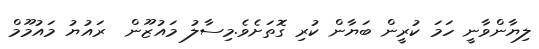
ލިޔާންވާނީ ހަމަ ކުރީން ބަޔާން ކުރި ގޮތަށެވެ.މިސާލު މައުޒޫން  ރައުޔު މައުމޫމް